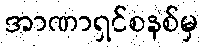
အာဏာရှင်စနစ်မှ